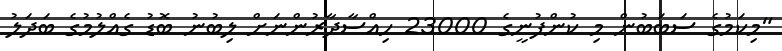
"މިކަމުގެ ސަބަބުން މި ކުންފުނީގެ 23000 ހިއްސާދާރުންނަށް ލިބުނު ބޮޑު ގެއްލުމުގެ ބަދަލު